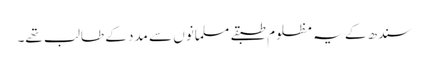
سندھ کے یہ مظلوم طبقے مسلمانوں سے مدد کے طالب تھے۔